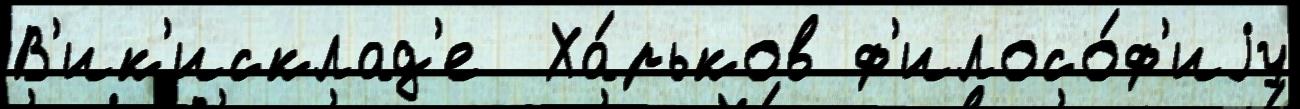
В'ик'исклад'е  Ха́рьков ф'илосо́ф'иjу